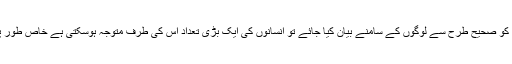
اور ہم اس بات کے بھی قائل ہیں کہ اسلام میں اتنی جذابیت پائی جاتی ہے کہ اگر اس کو صحیح طرح سے لوگوں کے سامنے بیان کیا جائے تو انسانوں کی ایک بڑی تعداد اس کی طرف متوجہ ہوسکتی ہے خاص طور پر اس زمانہ میں جب کہ بہت سے لوگ اسلام کے پیغام کو سننے کے لئے آمادہ ہیں۔